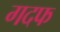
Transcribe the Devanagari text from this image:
गदफ